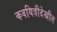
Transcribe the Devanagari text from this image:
कवयित्रीदेखील